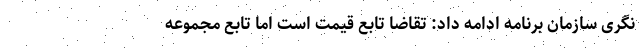
نگری سازمان برنامه ادامه داد: تقاضا تابع قیمت است اما تابع مجموعه